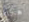
هكذا